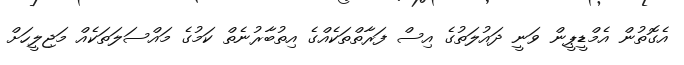
އެގޮތުން އެމްޑީޕީން ވަނީ ދައުލަތުގެ އިސް ފަރާތްތަކެއްގެ އިތުބާރުނެތް ކަމުގެ މައްސަލަތަކެއް މަޖިލީހަށް